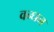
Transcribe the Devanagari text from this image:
वन्धन